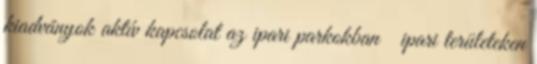
kiadványok aktív kapcsolat az ipari parkokban ipari területeken